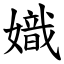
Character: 嬂